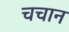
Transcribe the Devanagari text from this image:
चचान